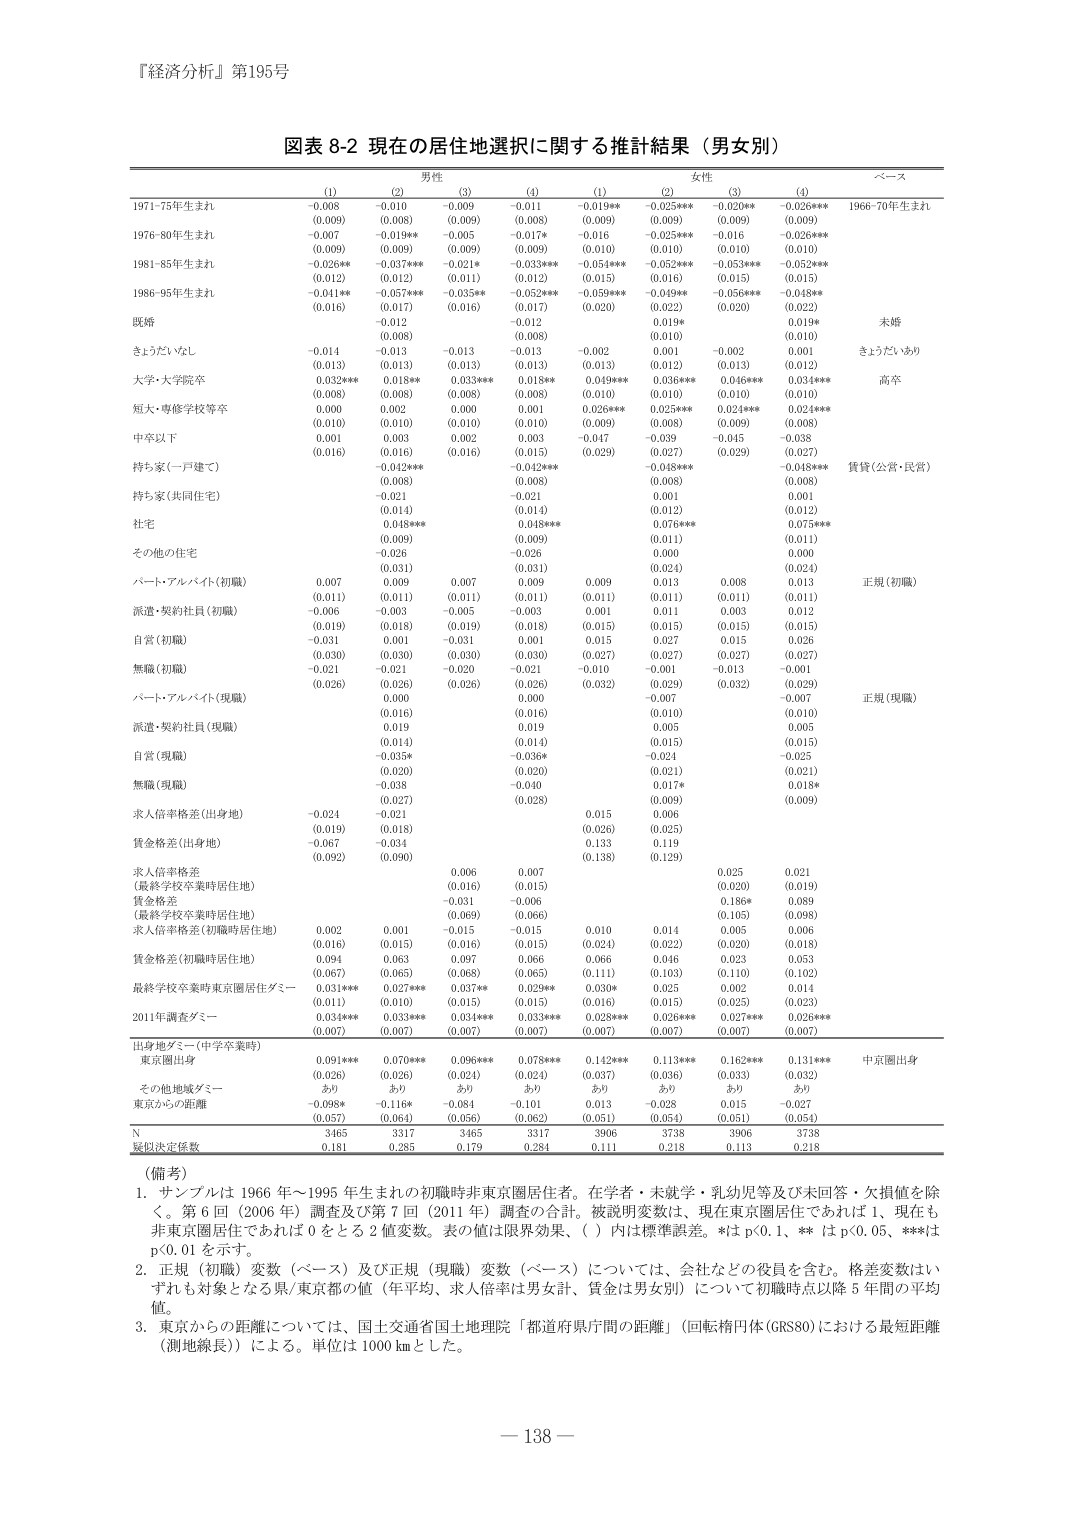
『経済分析』第195号

図表 8-2 現在の居住地選択に関する推計結果（男女別）

男性
(1) (2) (3) (4)
1971-75年生まれ -0.008 -0.010 -0.009 -0.011
(0.009) (0.008) (0.009) (0.008)
1976-80年生まれ -0.007 -0.019** -0.005 -0.017*
(0.009) (0.009) (0.009) (0.009)
1981-85年生まれ -0.026** -0.037*** -0.021* -0.033***
(0.012) (0.012) (0.011) (0.012)
1986-95年生まれ -0.011** -0.057*** -0.035** -0.052***
(0.016) (0.017) (0.016) (0.017)
既婚 0.012 -0.012
(0.008) (0.008)
きょうだいなし -0.014 -0.013 -0.013 -0.013
(0.013) (0.013) (0.013) (0.013)
大学・大学院卒 0.032*** 0.018** 0.033*** 0.018**
(0.008) (0.008) (0.008) (0.008)
短大・専修学校等卒 0.000 0.002 0.000 0.001
(0.010) (0.010) (0.010) (0.010)
中卒以下 0.001 0.003 0.002 0.003
(0.016) (0.016) (0.016) (0.015)
持ち家（一戸建て） -0.042*** -0.042***
(0.008) (0.008)
持ち家（共同住宅） -0.021 -0.021
(0.014) (0.014)
社宅 0.048*** 0.048***
(0.009) (0.009)
その他の住宅 -0.026 -0.026
(0.031) (0.031)
パート・アルバイト（初職） 0.007 0.009 0.007 0.009
(0.011) (0.011) (0.011) (0.011)
派遣・契約社員（初職） -0.006 -0.003 -0.005 -0.003
(0.019) (0.018) (0.019) (0.018)
自営（初職） -0.031 0.001 -0.031 0.001
(0.030) (0.030) (0.030) (0.030)
無職（初職） -0.021 -0.021 -0.020 -0.021
(0.026) (0.026) (0.026) (0.026)
パート・アルバイト（現職） 0.000 0.000
(0.016) (0.016)
派遣・契約社員（現職） 0.019 0.019
(0.014) (0.014)
自営（現職） -0.035* -0.036*
(0.020) (0.020)
無職（現職） -0.038 -0.040
(0.027) (0.028)
求人倍率格差（出身地） -0.024 -0.021
(0.019) (0.018)
賃金格差（出身地） -0.067 -0.034
(0.092) (0.090)
求人倍率格差
（最終学校卒業時居住地） 0.006 0.007
(0.016) (0.015)
賃金格差
（最終学校卒業時居住地） -0.031 -0.006
(0.069) (0.066)
求人倍率格差（初職時居住地） 0.002 0.001 -0.015 -0.015
(0.016) (0.015) (0.016) (0.015)
賃金格差（初職時居住地） 0.094 0.063 0.097 0.066
(0.067) (0.065) (0.068) (0.065)
最終学校卒業時東京圏居住ダミー 0.031*** 0.027*** 0.037** 0.029***
(0.011) (0.010) (0.015) (0.015)
2011年調査ダミー 0.032*** 0.033*** 0.034*** 0.032***
(0.007) (0.007) (0.007) (0.007)
出身地ダミー（中学卒業時）
東京圏出身 0.091*** 0.070*** 0.096*** 0.078***
(0.026) (0.026) (0.024) (0.024)
その他地域ダミー あり あり あり あり
東京からの距離 -0.098* -0.116* -0.084 -0.101
(0.057) (0.064) (0.056) (0.062)
N 3465 3317 3465 3317
疑似決定係数 0.181 0.285 0.179 0.284

女性
(1) (2) (3) (4)
-0.019** -0.025*** -0.020** -0.026***
(0.009) (0.009) (0.009) (0.009)
-0.016 -0.025*** -0.016 -0.026***
(0.010) (0.010) (0.010) (0.010)
-0.051*** -0.052*** -0.053*** -0.052***
(0.015) (0.016) (0.015) (0.015)
-0.059*** -0.049** -0.056*** -0.048**
(0.020) (0.022) (0.020) (0.022)
0.019* 0.019*
(0.010) (0.010)
-0.002 0.001 -0.002 0.001
(0.013) (0.012) (0.013) (0.012)
0.046*** 0.036*** 0.046*** 0.034***
(0.010) (0.010) (0.010) (0.010)
0.026*** 0.025*** 0.024*** 0.024***
(0.009) (0.008) (0.009) (0.008)
-0.047 -0.039 -0.045 -0.038
(0.029) (0.027) (0.029) (0.027)
-0.048*** -0.048***
(0.008) (0.008)
0.001 0.001
(0.012) (0.012)
0.076*** 0.075***
(0.011) (0.011)
-0.006 0.000
(0.024) (0.000)
0.009 0.013 0.008 0.013
(0.011) (0.011) (0.011) (0.011)
0.001 0.011 0.003 0.012
(0.015) (0.015) (0.015) (0.015)
0.015 0.027 0.015 0.026
(0.027) (0.027) (0.027) (0.027)
-0.010 -0.001 -0.013 -0.001
(0.032) (0.029) (0.032) (0.029)
-0.007 -0.007
(0.010) (0.010)
0.005 0.005
(0.015) (0.015)
-0.024 -0.025
(0.021) (0.021)
0.017* 0.018*
(0.009) (0.009)
0.015 0.006
(0.026) (0.025)
0.133 0.119
(0.138) (0.129)
0.025 0.021
(0.020) (0.019)
0.186* 0.089
(0.105) (0.098)
0.005 0.006
(0.020) (0.018)
0.066 0.046 0.023 0.053
(0.024) (0.022) (0.010) (0.010)
0.030* 0.025 0.002 0.014
(0.016) (0.015) (0.025) (0.023)
0.028*** 0.026*** 0.027*** 0.025***
(0.007) (0.007) (0.007) (0.007)
0.142*** 0.113*** 0.162*** 0.131***
(0.037) (0.036) (0.033) (0.032)
あり あり あり あり
0.013 -0.028 0.015 -0.027
(0.051) (0.054) (0.051) (0.054)
3906 3738 3906 3738
0.211 0.218 0.113 0.218

ベース
1966-70年生まれ
未婚
きょうだいあり
高卒
賃貸（公営・民営）
正規（初職）
正規（現職）
中京圏出身

（備考）
1. サンプルは 1966 年～1995 年生まれの初職時非東京圏居住者。在学者・未就学・乳幼児等及び未回答・欠損値を除く。第 6 回（2006 年）調査及び第 7 回（2011 年）調査の合計。被説明変数は、現在東京圏居住であれば 1、現在も非東京圏居住であれば 0 をとる 2 値変数。表の値は限界効果、（ ）内は標準誤差。*は p<0.1、** は p<0.05、***は p<0.01 を示す。
2. 正規（初職）変数（ベース）及び正規（現職）変数（ベース）については、会社などの役員を含む。格差変数はいずれも対象となる県/東京都の値（年平均、求人倍率は男女計、賃金は男女別）について初職時点以降 5 年間の平均値。
3. 東京からの距離については、国土地理院「都道府県庁間の距離」（回転楕円体(GRS80)における最短距離（測地線長））による。単位は 1000 km とした。

－138－